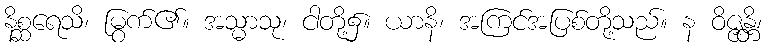
နိစ္ဆရေသိ၊ မြွက်၏။ အသ္မာသု၊ ငါတို့၌။ ယာနိ၊ အကြင်အပြစ်တို့သည်။ န ဝိဇ္ဇန္တိ၊